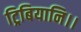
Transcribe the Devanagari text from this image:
ट्रिबियानि।।